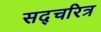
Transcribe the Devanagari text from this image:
सद्चरित्र